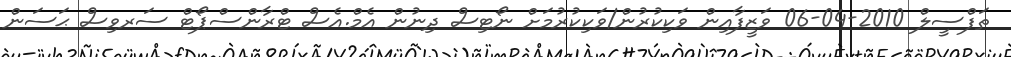
ތަފްސީލް 2010-04-06 ވަޒީފާއިން ވަކިކުރުން/ވަކިކުރުމަށް ނޯޓިސް ދިނުން އެމް.އެސް ޓްރާންސްޕޯޓް ސަރވިސް ޙަސަން